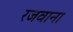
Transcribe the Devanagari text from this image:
रजवाना